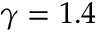
\gamma = 1 . 4